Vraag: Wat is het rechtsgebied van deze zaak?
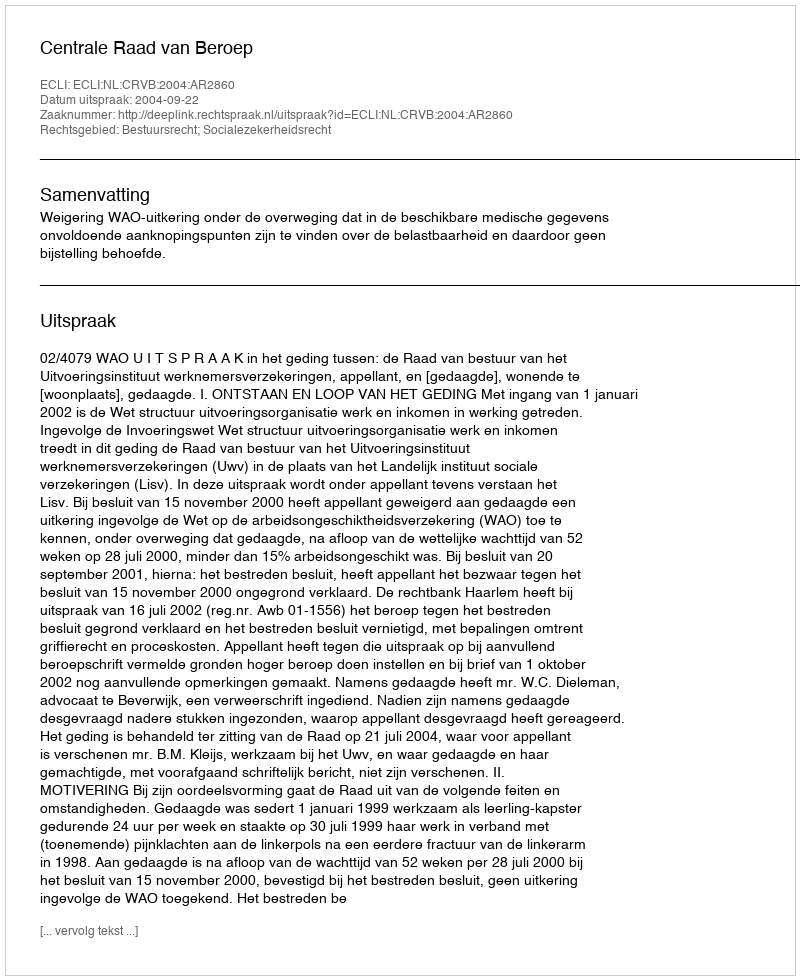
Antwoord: Bestuursrecht; Socialezekerheidsrecht